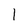
Character: 1